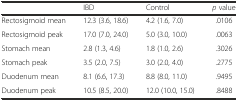
<table><thead><tr><td></td><td><b>IBD</b></td><td><b>Control</b></td><td><b><i>p</i> value</b></td></tr></thead><tbody><tr><td>Rectosigmoid mean</td><td>12.3 (3.6, 18.6)</td><td>4.2 (1.6, 7.0)</td><td>.0106</td></tr><tr><td>Rectosigmoid peak</td><td>17.0 (7.0, 24.0)</td><td>5.0 (3.0, 10.0)</td><td>.0063</td></tr><tr><td>Stomach mean</td><td>2.8 (1.3, 4.6)</td><td>1.8 (1.0, 2.6)</td><td>.3026</td></tr><tr><td>Stomach peak</td><td>3.5 (2.0, 7.5)</td><td>3.0 (2.0, 4.0)</td><td>.2775</td></tr><tr><td>Duodenum mean</td><td>8.1 (6.6, 17.3)</td><td>8.8 (8.0, 11.0)</td><td>.9495</td></tr><tr><td>Duodenum peak</td><td>10.5 (8.5, 20.0)</td><td>12.0 (10.0, 15.0)</td><td>.8488</td></tr></tbody></table>